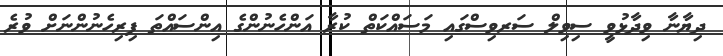
ދިޔާނާ ވިދާޅުވީ ސިވިލް ސަރވިސްގައި މަސައްކަތް ކުރާ އަންހެނުންގެ އިންސައްތަ ފިރިހެނުންނަށް ވުރެ